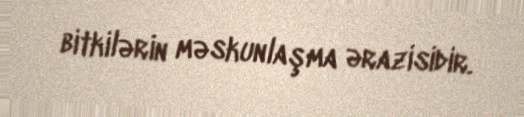
bitkilərin məskunlaşma ərazisidir.